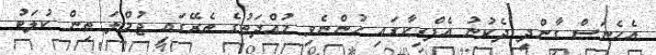
އެހެނަސް ގާންދީ ދެކުނު އެފްރިކާގައި ހުންނެވި މުއްދަތުގެ ތެރޭގައި ޖުމްލަ ތިން ކުލަބު